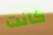
كانت